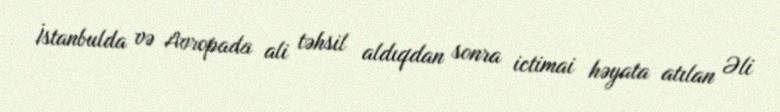
İstanbulda və Avropada ali təhsil aldıqdan sonra ictimai həyata atılan Əli